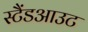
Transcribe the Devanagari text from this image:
स्टैंडआउट